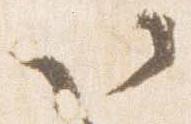
以